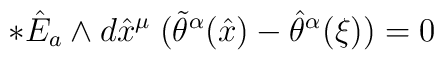
*\hat{E}_a \wedge d \hat{x}^\mu \;  ( \tilde{\theta}^{ {\alpha}}(\hat{x})-\hat{\theta}^{ {\alpha}}(\xi))=0 \;